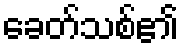
ခေတ်သစ်၏